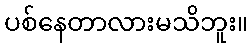
ပစ်နေတာလားမသိဘူး။